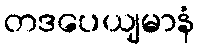
တဒပေယျမာနံ